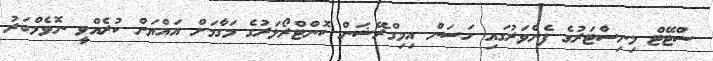
ސްޓޭޓް މިނިސްޓަރުގެ ފެންވަރުގައި ހަސަން އިމިގްރޭޝަން ކޮންޓްރޯލަރުގެ މަގާމަށް އައްޔަން ކުރެއްވީ ނޮވެމްބަރު